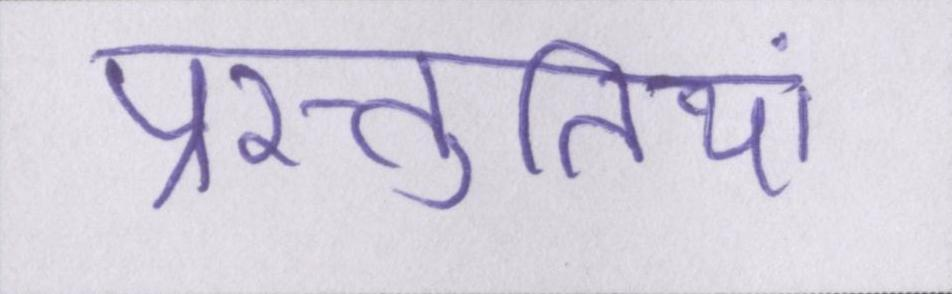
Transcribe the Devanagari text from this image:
प्रस्तुतियां